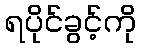
ရပိုင်ခွင့်ကို